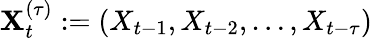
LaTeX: \mathbf{X}_{t}^{(\tau)}:=(X_{t-1},X_{t-2},\ldots,X_{t-\tau})